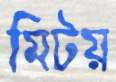
মিটয়